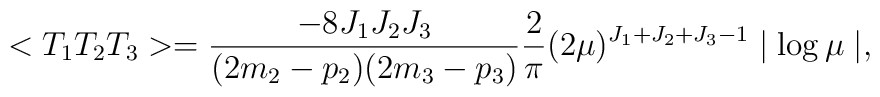
<T_{1}T_{2}T_{3}>=\frac{-8J_{1}J_{2}J_{3}}{(2m_{2}-p_{2})(2m_{3}-p_{3})} \frac{2}{\pi}(2\mu ) ^{J_{1}+J_{2}+J_{3}-1}\mid \log \mu \mid ,